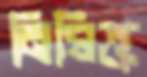
নিষিক্ত